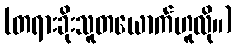
(တရားခိုးသူတယောက်ဟူလို။)